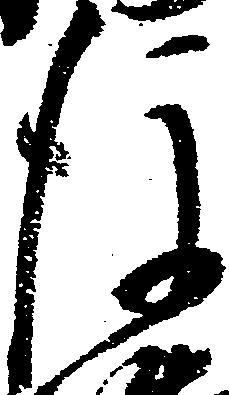
後